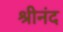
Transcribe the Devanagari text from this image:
श्रीनंद